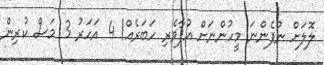
ލޮލަށް ނުފެންނަ މީހުންނަށް އުފާވެރި ހަބަރެއް! 4 އަހަރު 3 މަސް ކުރިން